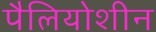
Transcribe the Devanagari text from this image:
पैलियोशीन